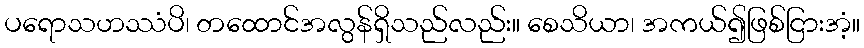
ပရောသဟဿံပိ၊ တထောင်အလွန်ရှိသည်လည်း။ စေသိယာ၊ အကယ်၍ဖြစ်ငြားအံ့။